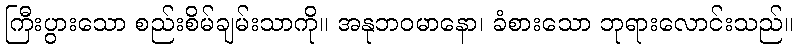
ကြီးပွားသော စည်းစိမ်ချမ်းသာကို။ အနုဘဝမာနော၊ ခံစားသော ဘုရားလောင်းသည်။